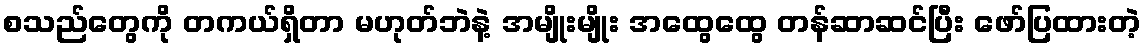
စသည်တွေကို တကယ်ရှိတာ မဟုတ်ဘဲနဲ့ အမျိုးမျိုး အထွေထွေ တန်ဆာဆင်ပြီး ဖော်ပြထားတဲ့